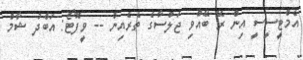
އެމްޓީސީސީ އިން ރޭ ބޭއްވި ޖަލްސާގެ ތެރެއިން -- ވީފޮޓޯ: އަބްދު ޝާމް